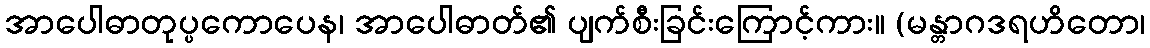
အာပေါဓာတုပ္ပကောပေန၊ အာပေါဓာတ်၏ ပျက်စီးခြင်းကြောင့်ကား။ (မန္တာဂဒရဟိတော၊